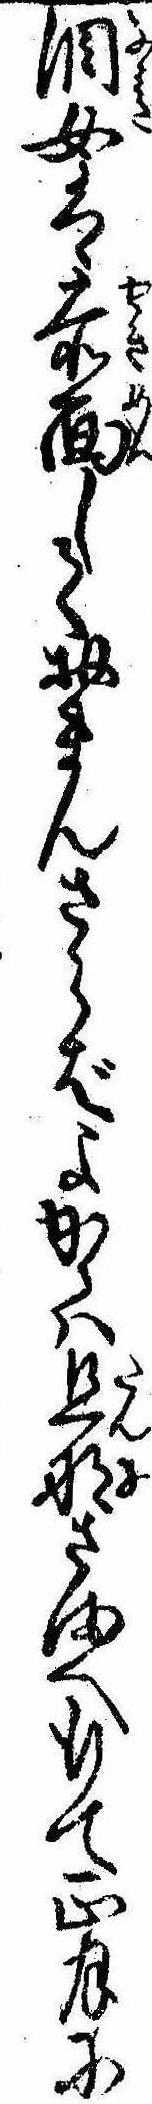
涙女は赤面しておまんさらばよかゝは旦那さまへ行て正月に